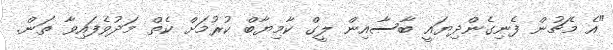
"އެ މެޗުން ފެނިގެންދިޔައީ ބާސާއިން ލީގް ކާމިޔާބް ކުރުމަށް ކެތް މަދުވެފައިވާ ތަން.